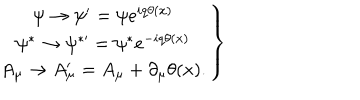
LaTeX: \left. \begin{array} { c } { { \psi \rightarrow \psi ^ { \prime } = \psi e ^ { i q \theta ( x ) } } } \\ { { \psi ^ { \ast } \rightarrow \psi ^ { \ast \prime } = \psi ^ { \ast } e ^ { - i q \theta ( x ) } } } \\ { { A _ { \mu } \rightarrow A _ { \mu } ^ { \prime } = A _ { \mu } + \partial _ { \mu } \theta ( x ) . } } \\ \end{array} \right\}